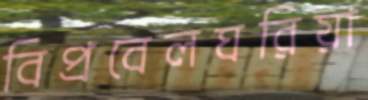
বিপ্রবেলঘরিয়া